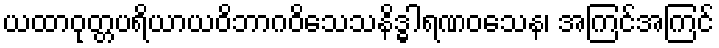
ယထာဝုတ္တပရိယာယဝိဘာဂဝိသေသနိဒ္ဓါရဏဝသေန၊ အကြင်အကြင်